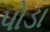
પોડા